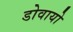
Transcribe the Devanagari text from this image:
डोवायो